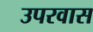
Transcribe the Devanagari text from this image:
उपरवास